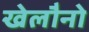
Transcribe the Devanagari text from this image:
खेलौनो